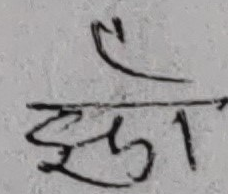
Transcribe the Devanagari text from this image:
झुक्का